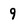
Character: 9